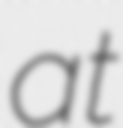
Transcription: at